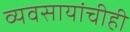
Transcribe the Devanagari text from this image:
व्यवसायांचीही